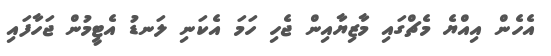
އެހެން އިއްޔެ މެޗްގައި މާޒިޔާއިން ޖެހި ހަމަ އެކަނި ލަނޑު އެޓީމުން ޖަހާފައި